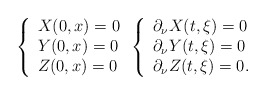
\begin{align*} \left\{ \begin{array}{l} X(0, x) = 0 \\ Y(0, x) = 0 \\ Z(0,x) = 0 \end{array} \right. \left\{ \begin{array}{l} \partial_\nu X(t, \xi) = 0 \\ \partial_\nu Y(t, \xi) = 0 \\ \partial_\nu Z(t, \xi) = 0. \end{array} \right.\end{align*}